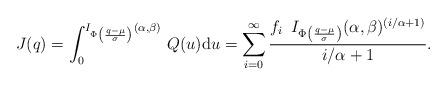
LaTeX: \begin{align*}J(q)=\int_{0}^{I_{\Phi\left(\frac{q-\mu}{\sigma}\right)}(\alpha,\beta)}\,Q(u)\mathrm{d}u=\sum_{i=0}^{\infty}\frac{f_i\,\,\,I_{\Phi\left(\frac{q-\mu}{\sigma}\right)}(\alpha,\beta)^{(i/\alpha+1)}}{i/\alpha+1}.\end{align*}